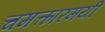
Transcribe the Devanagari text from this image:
चमत्कारमयी